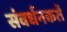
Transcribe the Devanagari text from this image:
संवर्धनकर्ते